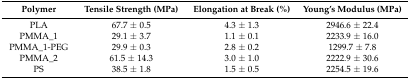
<table><thead><tr><td><b>Polymer</b></td><td><b>Tensile Strength (MPa)</b></td><td><b>Elongation at Break (%)</b></td><td><b>Young’s Modulus (MPa)</b></td></tr></thead><tbody><tr><td>PLA</td><td>67.7 ± 0.5</td><td>4.3 ± 1.3</td><td>2946.6 ± 22.4</td></tr><tr><td>PMMA_1</td><td>29.1 ± 3.7</td><td>1.1 ± 0.1</td><td>2233.9 ± 16.0</td></tr><tr><td>PMMA_1-PEG</td><td>29.9 ± 0.3</td><td>2.8 ± 0.2</td><td>1299.7 ± 7.8</td></tr><tr><td>PMMA_2</td><td>61.5 ± 14.3</td><td>3.0 ± 1.0</td><td>2222.9 ± 30.6</td></tr><tr><td>PS</td><td>38.5 ± 1.8</td><td>1.5 ± 0.5</td><td>2254.5 ± 19.6</td></tr></tbody></table>